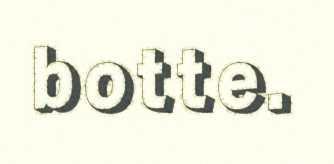
botte.